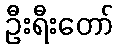
ဦးရီးတော်